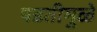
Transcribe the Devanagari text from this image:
पडतीमुळे